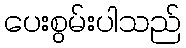
ပေးစွမ်းပါသည်